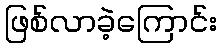
ဖြစ်လာခဲ့ကြောင်း